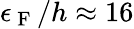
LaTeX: \epsilon_{\mathrm{~F~}}/h\approx 16